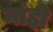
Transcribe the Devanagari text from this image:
नांही